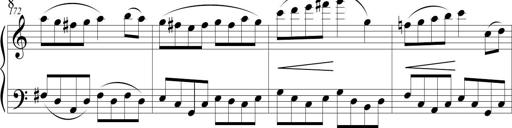
Title: Sonatina (Piano Sonata No.9)
Composer: Richard St. Clair